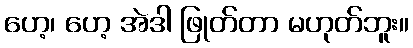
ဟေ့၊ ဟေ့ အဲဒါ ဖြုတ်တာ မဟုတ်ဘူး။